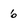
Character: 6